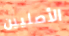
الأصليين